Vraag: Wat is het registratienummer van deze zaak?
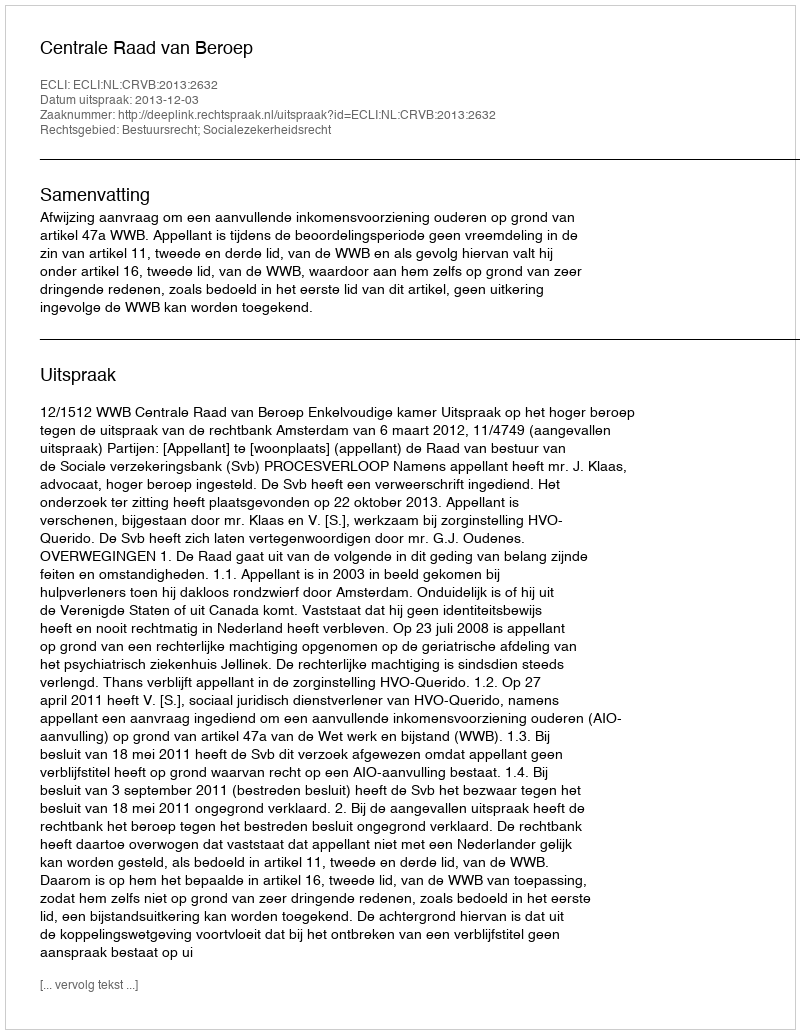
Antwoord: http://deeplink.rechtspraak.nl/uitspraak?id=ECLI:NL:CRVB:2013:2632